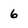
Character: 6